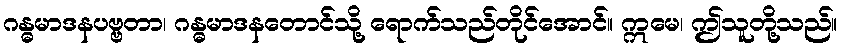
ဂန္ဓမာဒနပဗ္ဗတာ၊ ဂန္ဓမာဒနတောင်သို့ ရောက်သည်တိုင်အောင်။ ဣမေ၊ ဤသူတို့သည်။